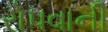
રોપવાની